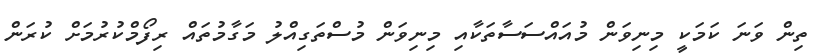
ތިން ވަނަ ކަމަކީ މިނިވަން މުއައްސަސާތަކާއި މިނިވަން މުސްތަގިއްލު މަގާމުތައް ރިފޯމްކުރުމަށް ކުރަން